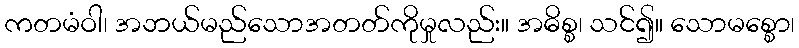
ကတမံဝါ၊ အဘယ်မည်သောအတတ်ကိုမှုလည်း။ အဓိစ္စ၊ သင်၍။ သောမစ္စော၊